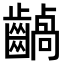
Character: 𪙚